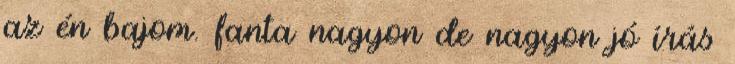
az én bajom. fanta nagyon de nagyon jó írás